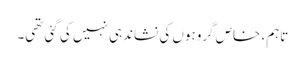
تاہم، خاص گروہوں کی نشاندہی نہیں کی گئی تھی۔